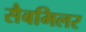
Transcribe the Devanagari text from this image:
सैबमिलर